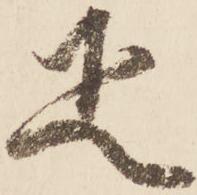
疋